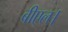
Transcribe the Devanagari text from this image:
बीएल।